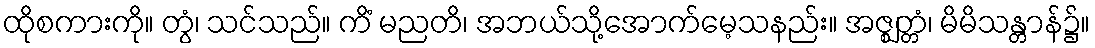
ထိုစကားကို။ တွံ၊ သင်သည်။ ကိံ မညတိ၊ အဘယ်သို့အောက်မေ့သနည်း။ အဇ္ဈတ္တံ၊ မိမိသန္တာန်၌။